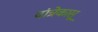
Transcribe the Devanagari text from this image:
दांत्रेकासू